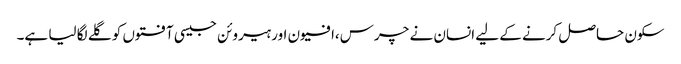
سکون حاصل کرنے کے لیے انسان نے چرس،افیون اور ہیروئن جیسی آفتوں کو گلے لگا لیا ہے۔